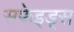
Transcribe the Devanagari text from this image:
सफेइड्स